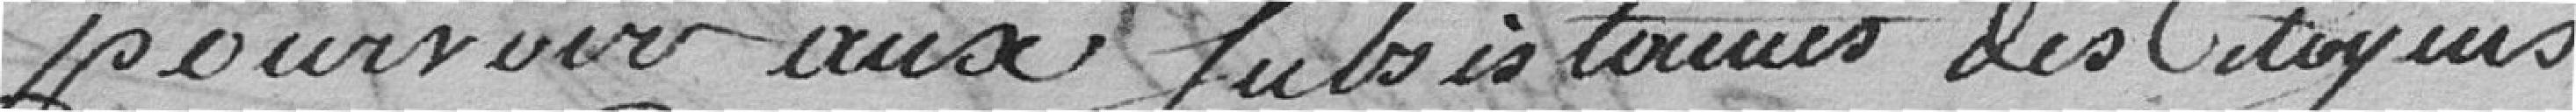
pourvoir aux subsistances des citoyens